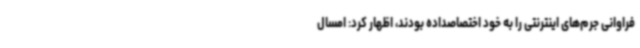
فراوانی جرم‌های اینترنتی را به خود اختصاصداده بودند، اظهار کرد: امسال